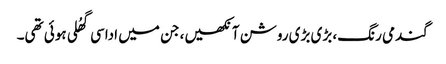
گندمی رنگ، بڑی بڑی روشن آنکھیں، جن میں اداسی گھُلی ہوئی تھی۔